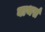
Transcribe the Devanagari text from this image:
बाथर्स